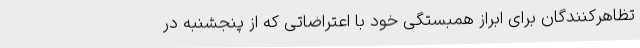
تظاهرکنندگان برای ابراز همبستگی خود با اعتراضاتی که از پنجشنبه در